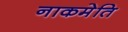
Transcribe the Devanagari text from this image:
नाकमेति